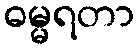
ဓမ္မရတာ